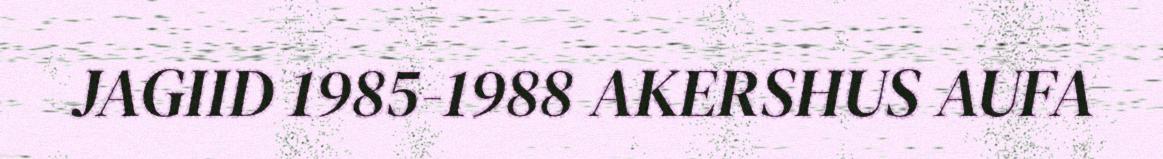
JAGIID 1985-1988 AKERSHUS AUFA